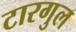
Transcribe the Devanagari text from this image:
टारगुल